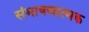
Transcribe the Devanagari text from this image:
संभाषणात्मक